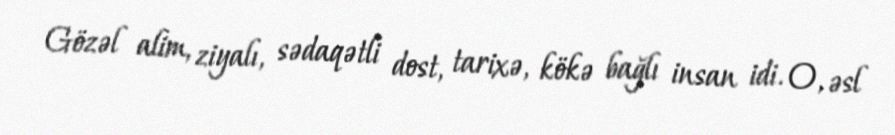
Gözəl alim, ziyalı, sədaqətli dost, tarixə, kökə bağlı insan idi. O, əsl